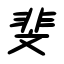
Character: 斐